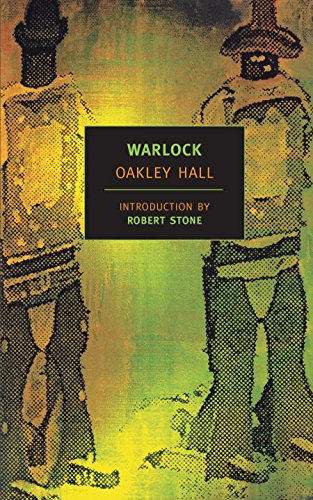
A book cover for Warlock (New York Review Books Classics); Oakley Hall; Literature & Fiction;